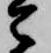
令